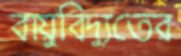
বায়ুবিদ্যুতের